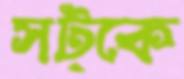
সট্‌কে